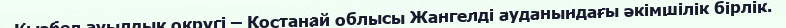
Қызбел ауылдық округі – Қостанай облысы Жангелді ауданындағы әкімшілік бірлік.